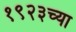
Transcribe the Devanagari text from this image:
१९२३च्या